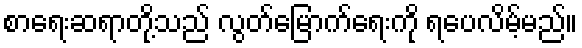
စာရေးဆရာတို့သည် လွတ်မြောက်ရေးကို ရပေလိမ့်မည်။